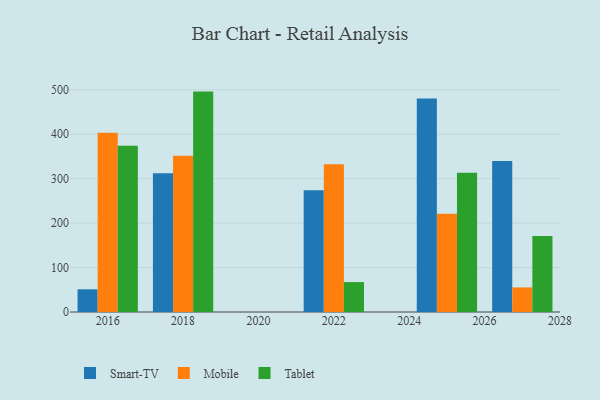
{"axis": {"x": "Year", "y": "Customer Acquisition Cost (USD)"}, "legend": ["Mobile", "Smart-TV", "Tablet"], "data": [{"x": "2025", "y": 480.5, "type": "Smart-TV"}, {"x": "2025", "y": 221.2, "type": "Mobile"}, {"x": "2025", "y": 313.4, "type": "Tablet"}, {"x": "2016", "y": 51.0, "type": "Smart-TV"}, {"x": "2016", "y": 403.4, "type": "Mobile"}, {"x": "2016", "y": 373.9, "type": "Tablet"}, {"x": "2027", "y": 339.8, "type": "Smart-TV"}, {"x": "2027", "y": 55.3, "type": "Mobile"}, {"x": "2027", "y": 171.0, "type": "Tablet"}, {"x": "2022", "y": 273.9, "type": "Smart-TV"}, {"x": "2022", "y": 332.6, "type": "Mobile"}, {"x": "2022", "y": 67.3, "type": "Tablet"}, {"x": "2018", "y": 312.2, "type": "Smart-TV"}, {"x": "2018", "y": 351.5, "type": "Mobile"}, {"x": "2018", "y": 495.8, "type": "Tablet"}]}